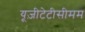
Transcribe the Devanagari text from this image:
यूज़ीटेटीसीमम